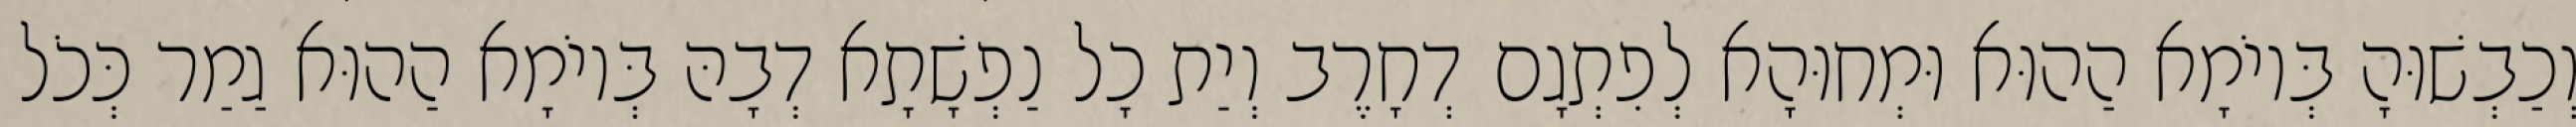
וְכַבְשׁוּהָ בְּיוֹמָא הַהוּא וּמְחוּהָא לְפִתְגָם דְחָרֶב וְיַת כָל נַפְשָׁתָא דְבָהּ בְּיוֹמָא הַהוּא גַמַר כְּכֹל